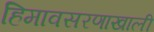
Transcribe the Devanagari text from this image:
हिमावसरणाखाली